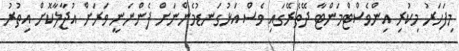
މިފަހަރު މިކުރި އިންވެސްޓްމަންޓާ ދޭތެރޭގައި ވެސް އަޅުގަނޑުމެންނަށް ފެންނަނީ ވަރަށް އުޖާލާކޮށް އިތުރު